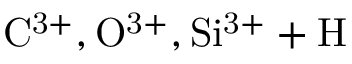
\mathrm { C ^ { 3 + } , O ^ { 3 + } , S i ^ { 3 + } + H }